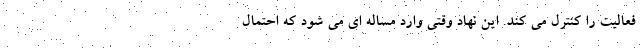
فعالیت را کنترل می کند. این نهاد وقتی وارد مساله ای می شود که احتمال